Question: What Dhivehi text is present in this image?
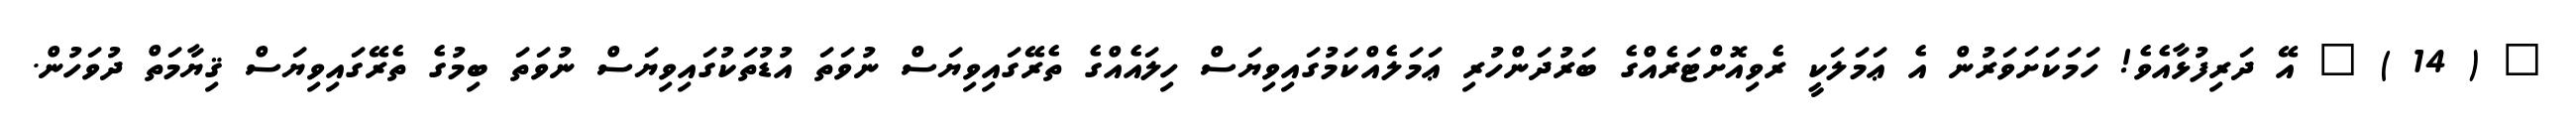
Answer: " ( 14 ) " އޭ ދަރިފުޅާއެވެ! ހަމަކަށަވަރުން އެ ޢަމަލަކީ ރެވިއޮށްޓަރެއްގެ ބަރުދަންހުރި ޢަމަލެއްކަމުގައިވިޔަސް ހިލައެއްގެ ތެރޭގައިވިޔަސް ނުވަތަ އުޑުތަކުގައިވިޔަސް ނުވަތަ ބިމުގެ ތެރޭގައިވިޔަސް ޤިޔާމަތް ދުވަހުން.